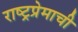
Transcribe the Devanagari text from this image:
राष्ट्रप्रेमाची